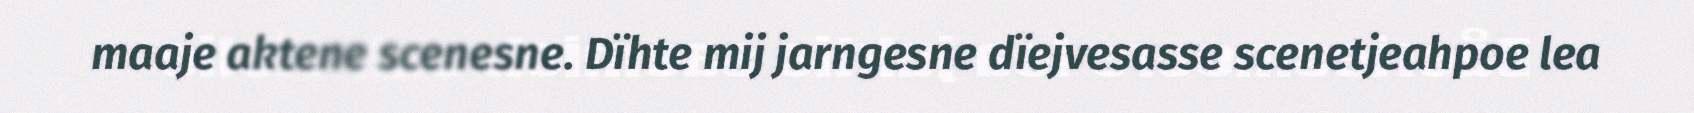
maaje aktene scenesne. Dïhte mij jarngesne dïejvesasse scenetjeahpoe lea